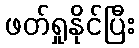
ဖတ်ရှုနိုင်ပြီး